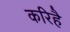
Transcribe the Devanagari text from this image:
करिहैं